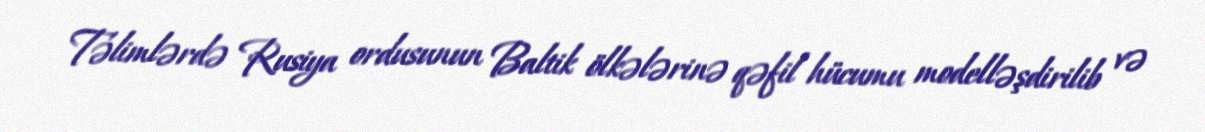
Təlimlərdə Rusiya ordusunun Baltik ölkələrinə qəfil hücumu modelləşdirilib və